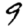
Digit: 9